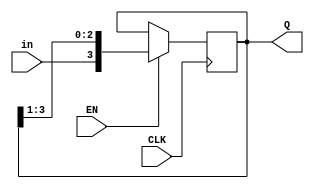
//VeriLog Code for 4 bit Shift Register.
module shiftreg(EN, in, CLK, Q);
    parameter n = 4;
    input EN;
    input in;
    input CLK;
    output [n-1:0] Q;
    reg [n-1:0] Q;
    initial
    Q=4'd10;
    always @(posedge CLK)
    begin
        if (EN) 
        Q={in,Q[n-1:1]};
    end
endmodule

// Test Bench of 4 bit shift register
module shiftregtest;
    parameter n= 4;
    reg EN,in , CLK;
    wire [n-1:0] Q;
    //reg [n-1:0] Q;
    shiftreg shreg(EN,in,CLK,Q);
    initial
    begin
        CLK=0;
    end
    always 
    #2 CLK=~CLK;
    initial
        $monitor($time,"EN=%b in= %b Q=%b\n",EN,in,Q);
    initial
    begin
        in=0;EN=0;
        #4 in=1;EN=1;
        #4 in=1;EN=0;
        #4 in=0;EN=1;
        #5 $finish;
    end
endmodule